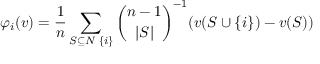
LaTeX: \varphi _ { i } ( v ) = { \frac { 1 } { n } } \sum _ { S \subseteq N \setminus \{ i \} } { \binom { n - 1 } { | S | } } ^ { - 1 } ( v ( S \cup \{ i \} ) - v ( S ) )